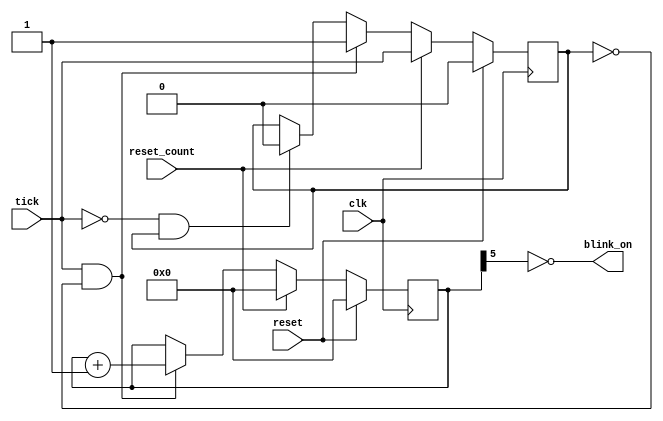
// This program was cloned from: https://github.com/AndresNavarro82/vt52-fpga
// License: GNU General Public License v3.0

/**
 * Cursor blinker (uses vblank as tick, blinks about once a second)
 */
module cursor_blinker
  (input clk,
   input reset,
   input tick,
   input reset_count,
   output wire blink_on
   );
   localparam BITS = 6;
   reg has_incremented;
   reg [BITS-1:0] counter;
   always @(posedge clk) begin
      if (reset) begin
         counter <= 0;
         has_incremented <= 0;
      end
      else if (reset_count) begin
         counter <= 0;
         has_incremented <= tick;
      end
      else if (tick && !has_incremented) begin
         counter <= counter + 1;
         has_incremented <= 1;
      end
      else if (!tick && has_incremented) begin
         has_incremented <= 0;
      end
   end
   assign blink_on = ~counter[BITS-1];
endmodule